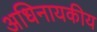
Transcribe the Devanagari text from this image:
अधिनायकीय